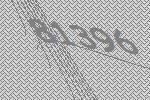
81396